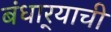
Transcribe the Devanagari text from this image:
बंधार्‍याची